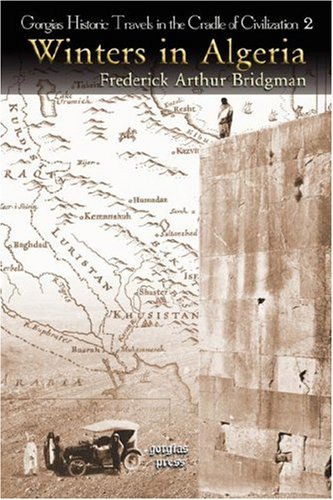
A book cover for Winters in Algeria; Frederick Arthur Bridgman; Travel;